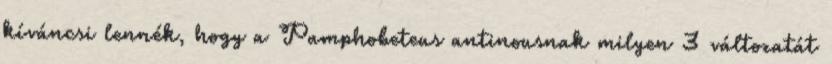
kíváncsi lennék, hogy a Pamphobeteus antinousnak milyen 3 változatát